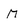
Character: M